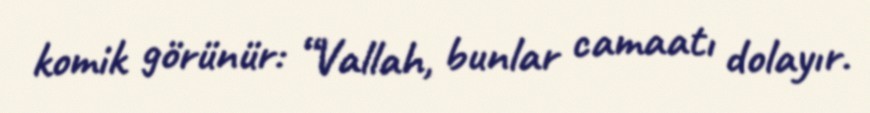
komik görünür: “Vallah, bunlar camaatı dolayır.